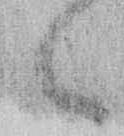
々